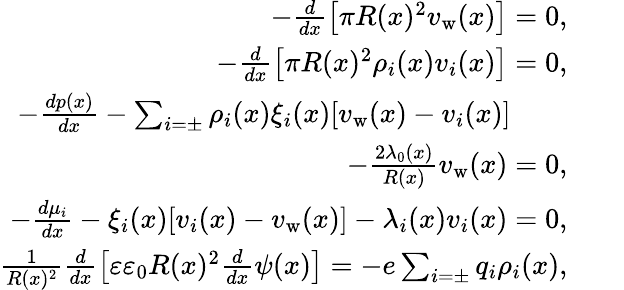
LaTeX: \begin{array}{rlr}{-\frac{d}{dx}\left[\pi R(x)^{2}v_{\mathrm{w}}(x)\right]=0,}&{}&\\ {-\frac{d}{dx}\left[\pi R(x)^{2}\rho_{i}(x)v_{i}(x)\right]=0,}&{}&\\ {-\frac{dp(x)}{dx}-\sum_{i=\pm}\rho_{i}(x)\xi_{i}(x)[v_{\mathrm{w}}(x)-v_{i}(x)]\qquad}&{}&\\ {-\frac{2\lambda_{0}(x)}{R(x)}v_{\mathrm{w}}(x)=0,}&{}&\\ {-\frac{d\mu_{i}}{dx}-\xi_{i}(x)[v_{i}(x)-v_{\mathrm{w}}(x)]-\lambda_{i}(x)v_{i}(x)=0,}&{}&\\ {\frac{1}{R(x)^{2}}\frac{d}{dx}\left[\varepsilon\varepsilon_{0}R(x)^{2}\frac{d}{dx}\psi(x)\right]=-e\sum_{i=\pm}q_{i}\rho_{i}(x),}&{}&\end{array}